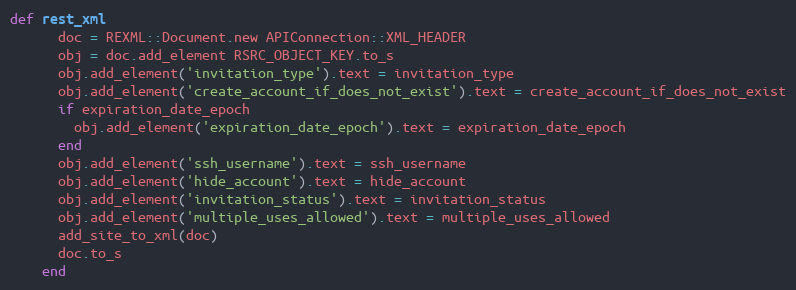
Language: Ruby
def rest_xml
      doc = REXML::Document.new APIConnection::XML_HEADER
      obj = doc.add_element RSRC_OBJECT_KEY.to_s
      obj.add_element('invitation_type').text = invitation_type
      obj.add_element('create_account_if_does_not_exist').text = create_account_if_does_not_exist
      if expiration_date_epoch
        obj.add_element('expiration_date_epoch').text = expiration_date_epoch
      end
      obj.add_element('ssh_username').text = ssh_username
      obj.add_element('hide_account').text = hide_account
      obj.add_element('invitation_status').text = invitation_status
      obj.add_element('multiple_uses_allowed').text = multiple_uses_allowed
      add_site_to_xml(doc)
      doc.to_s
    end